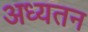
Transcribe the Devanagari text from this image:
अध्यतन